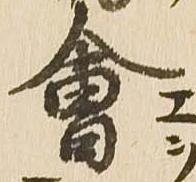
会